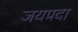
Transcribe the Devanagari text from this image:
जयप्रदा